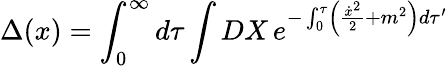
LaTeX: \Delta(x)=\int_{0}^{\infty}d\tau\int DX\, e^{-\int_{0}^{\tau}\left({\frac{{\dot{x}}^{2}}{2}}+m^{2}\right)d\tau^{\prime}}